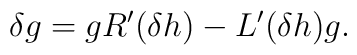
\delta g=gR'(\delta h)-L'(\delta h)g.